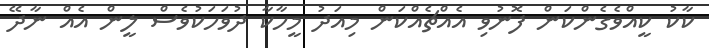
ކާކު ކީއްވެގެންކަން ފޮނުވި އެއްޗެއްކަން މިއަދު މީހާކާ ދުވަހަކުވެސް ލީން އެއް ނާދޭ